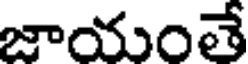
జాయంతే